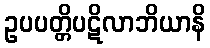
ဥပပတ္တိပဋိလာဘိယာနိ